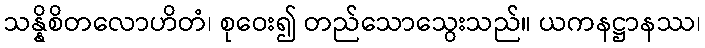
သန္နိစိတလောဟိတံ၊ စုဝေး၍ တည်သောသွေးသည်။ ယကနဋ္ဌာနဿ၊